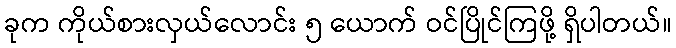
ခုက ကိုယ်စားလှယ်လောင်း ၅ ယောက် ဝင်ပြိုင်ကြဖို့ ရှိပါတယ်။